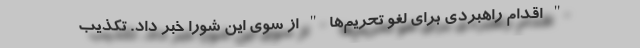
" اقدام راهبردی برای لغو تحریم‌ها " از سوی این شورا خبر داد. تکذیب